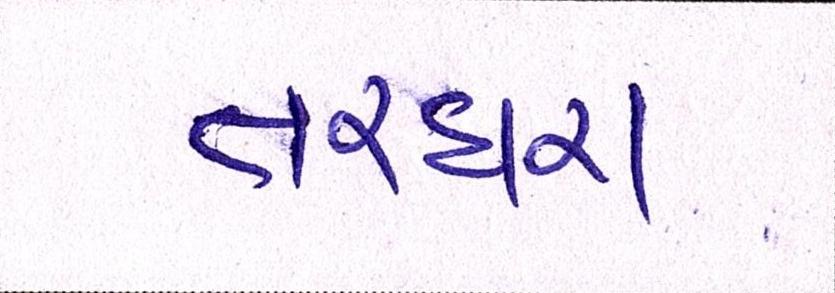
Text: તરઘરા